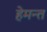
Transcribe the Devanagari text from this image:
हेमन्‍त